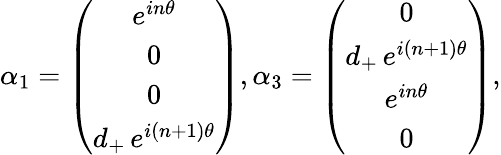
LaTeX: \alpha_{1}=\left(\begin{array}{c}{{e^{in\theta}}}\\ {{0}}\\ {{0}}\\ {{d_{+}\, e^{i(n+1)\theta}}}\end{array}\right),\alpha_{3}=\left(\begin{array}{c}{{0}}\\ {{d_{+}\, e^{i(n+1)\theta}}}\\ {{e^{in\theta}}}\\ {{0}}\end{array}\right),